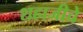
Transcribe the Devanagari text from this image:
शहाजीचे